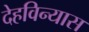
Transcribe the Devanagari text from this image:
देहविन्यास